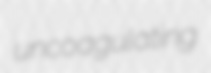
uncoagulating